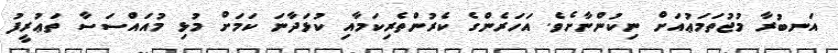
އަނބުރާ މުޖުތަމަޢުއަށް ނިކުންނާށެވެ. އަހަރެންގެ ކެރުންތެރިކަމާއި ކުޅަދާނަ ކަމަށް މުޅި މުއައްސަސާ ތަޢުރީފު